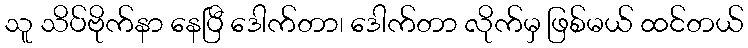
သူ သိပ်ဗိုက်နာ နေပြီ ဒေါက်တာ၊ ဒေါက်တာ လိုက်မှ ဖြစ်မယ် ထင်တယ်